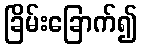
ခြိမ်းခြောက်၍